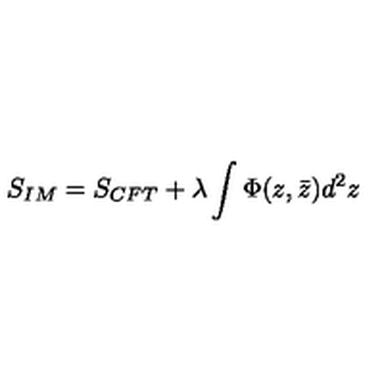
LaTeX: { S _ { I M } = S _ { C F T } + \lambda \int \Phi ( z , \bar { z } ) d ^ { 2 } z }